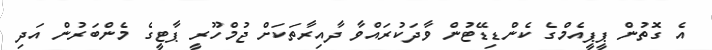
އެ ގޮތުން ޕީޕީއެމްގެ ކެންޑިޑޭޓުން ވާދަކުރައްވާ ދާއިރާތަކަށް ޖުމްހޫރީ ޕާޓީގެ މެންބަރުން އަދި